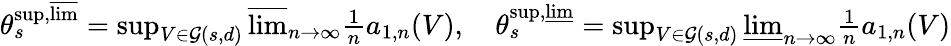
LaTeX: \begin{array}{r}{\theta_{s}^{\operatorname*{sup},\varlimsup}=\operatorname*{sup}_{V\in\mathcal{G}(s,d)}\varlimsup_{n\to\infty}\frac{1}{n}a_{1,n}(V),\quad\theta_{s}^{\operatorname*{sup},\varliminf}=\operatorname*{sup}_{V\in\mathcal{G}(s,d)}\varliminf_{n\to\infty}\frac{1}{n}a_{1,n}(V)}\end{array}